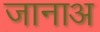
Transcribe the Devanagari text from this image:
जानाअ